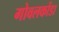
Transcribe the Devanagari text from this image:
गोवलकोंडा